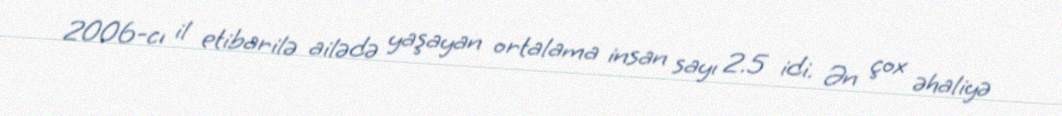
2006-cı il etibarilə ailədə yaşayan ortalama insan sayı 2.5 idi. Ən çox əhaliyə